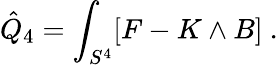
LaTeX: \hat{Q}_{4}=\int_{S^{4}}[F-K\wedge B]\ .